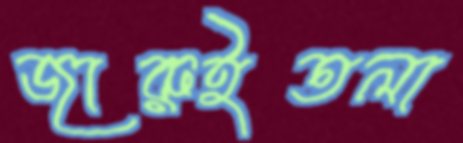
জারুইতলা